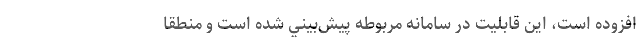
افزوده است، اين قابليت در سامانه مربوطه پيش‌بيني شده است و منطقاً